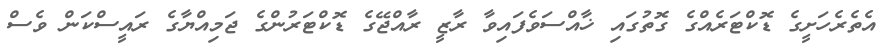
އެތެރެހަށީގެ ޑޮކްޓަރެއްގެ ގޮތުގައި ޚާއްސަވެފައިވާ ރާޒީ ރާއްޖޭގެ ޑޮކްޓަރުންގެ ޖަމިއްޔާގެ ރައީސްކަން ވެސް